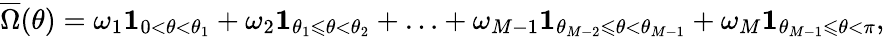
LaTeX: \overline{{\Omega}}(\theta)=\omega_{1}\mathbf{1}_{0<\theta<\theta_{1}}+\omega_{2}\mathbf{1}_{\theta_{1}\leqslant\theta<\theta_{2}}+\ldots+\omega_{M-1}\mathbf{1}_{\theta_{M-2}\leqslant\theta<\theta_{M-1}}+\omega_{M}\mathbf{1}_{\theta_{M-1}\leqslant\theta<\pi},